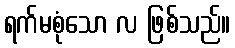
ရက်မစုံသော လ ဖြစ်သည်။